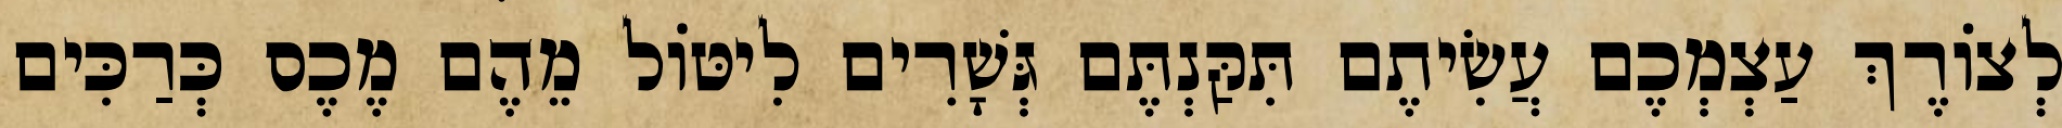
לְצוֹרֶךְ עַצְמְכֶם עֲשִׂיתֶם תִּקַּנְתֶּם גְּשָׁרִים לִיטּוֹל מֵהֶם מֶכֶס כְּרַכִּים